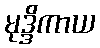
မုဒ္ဒိကာယ